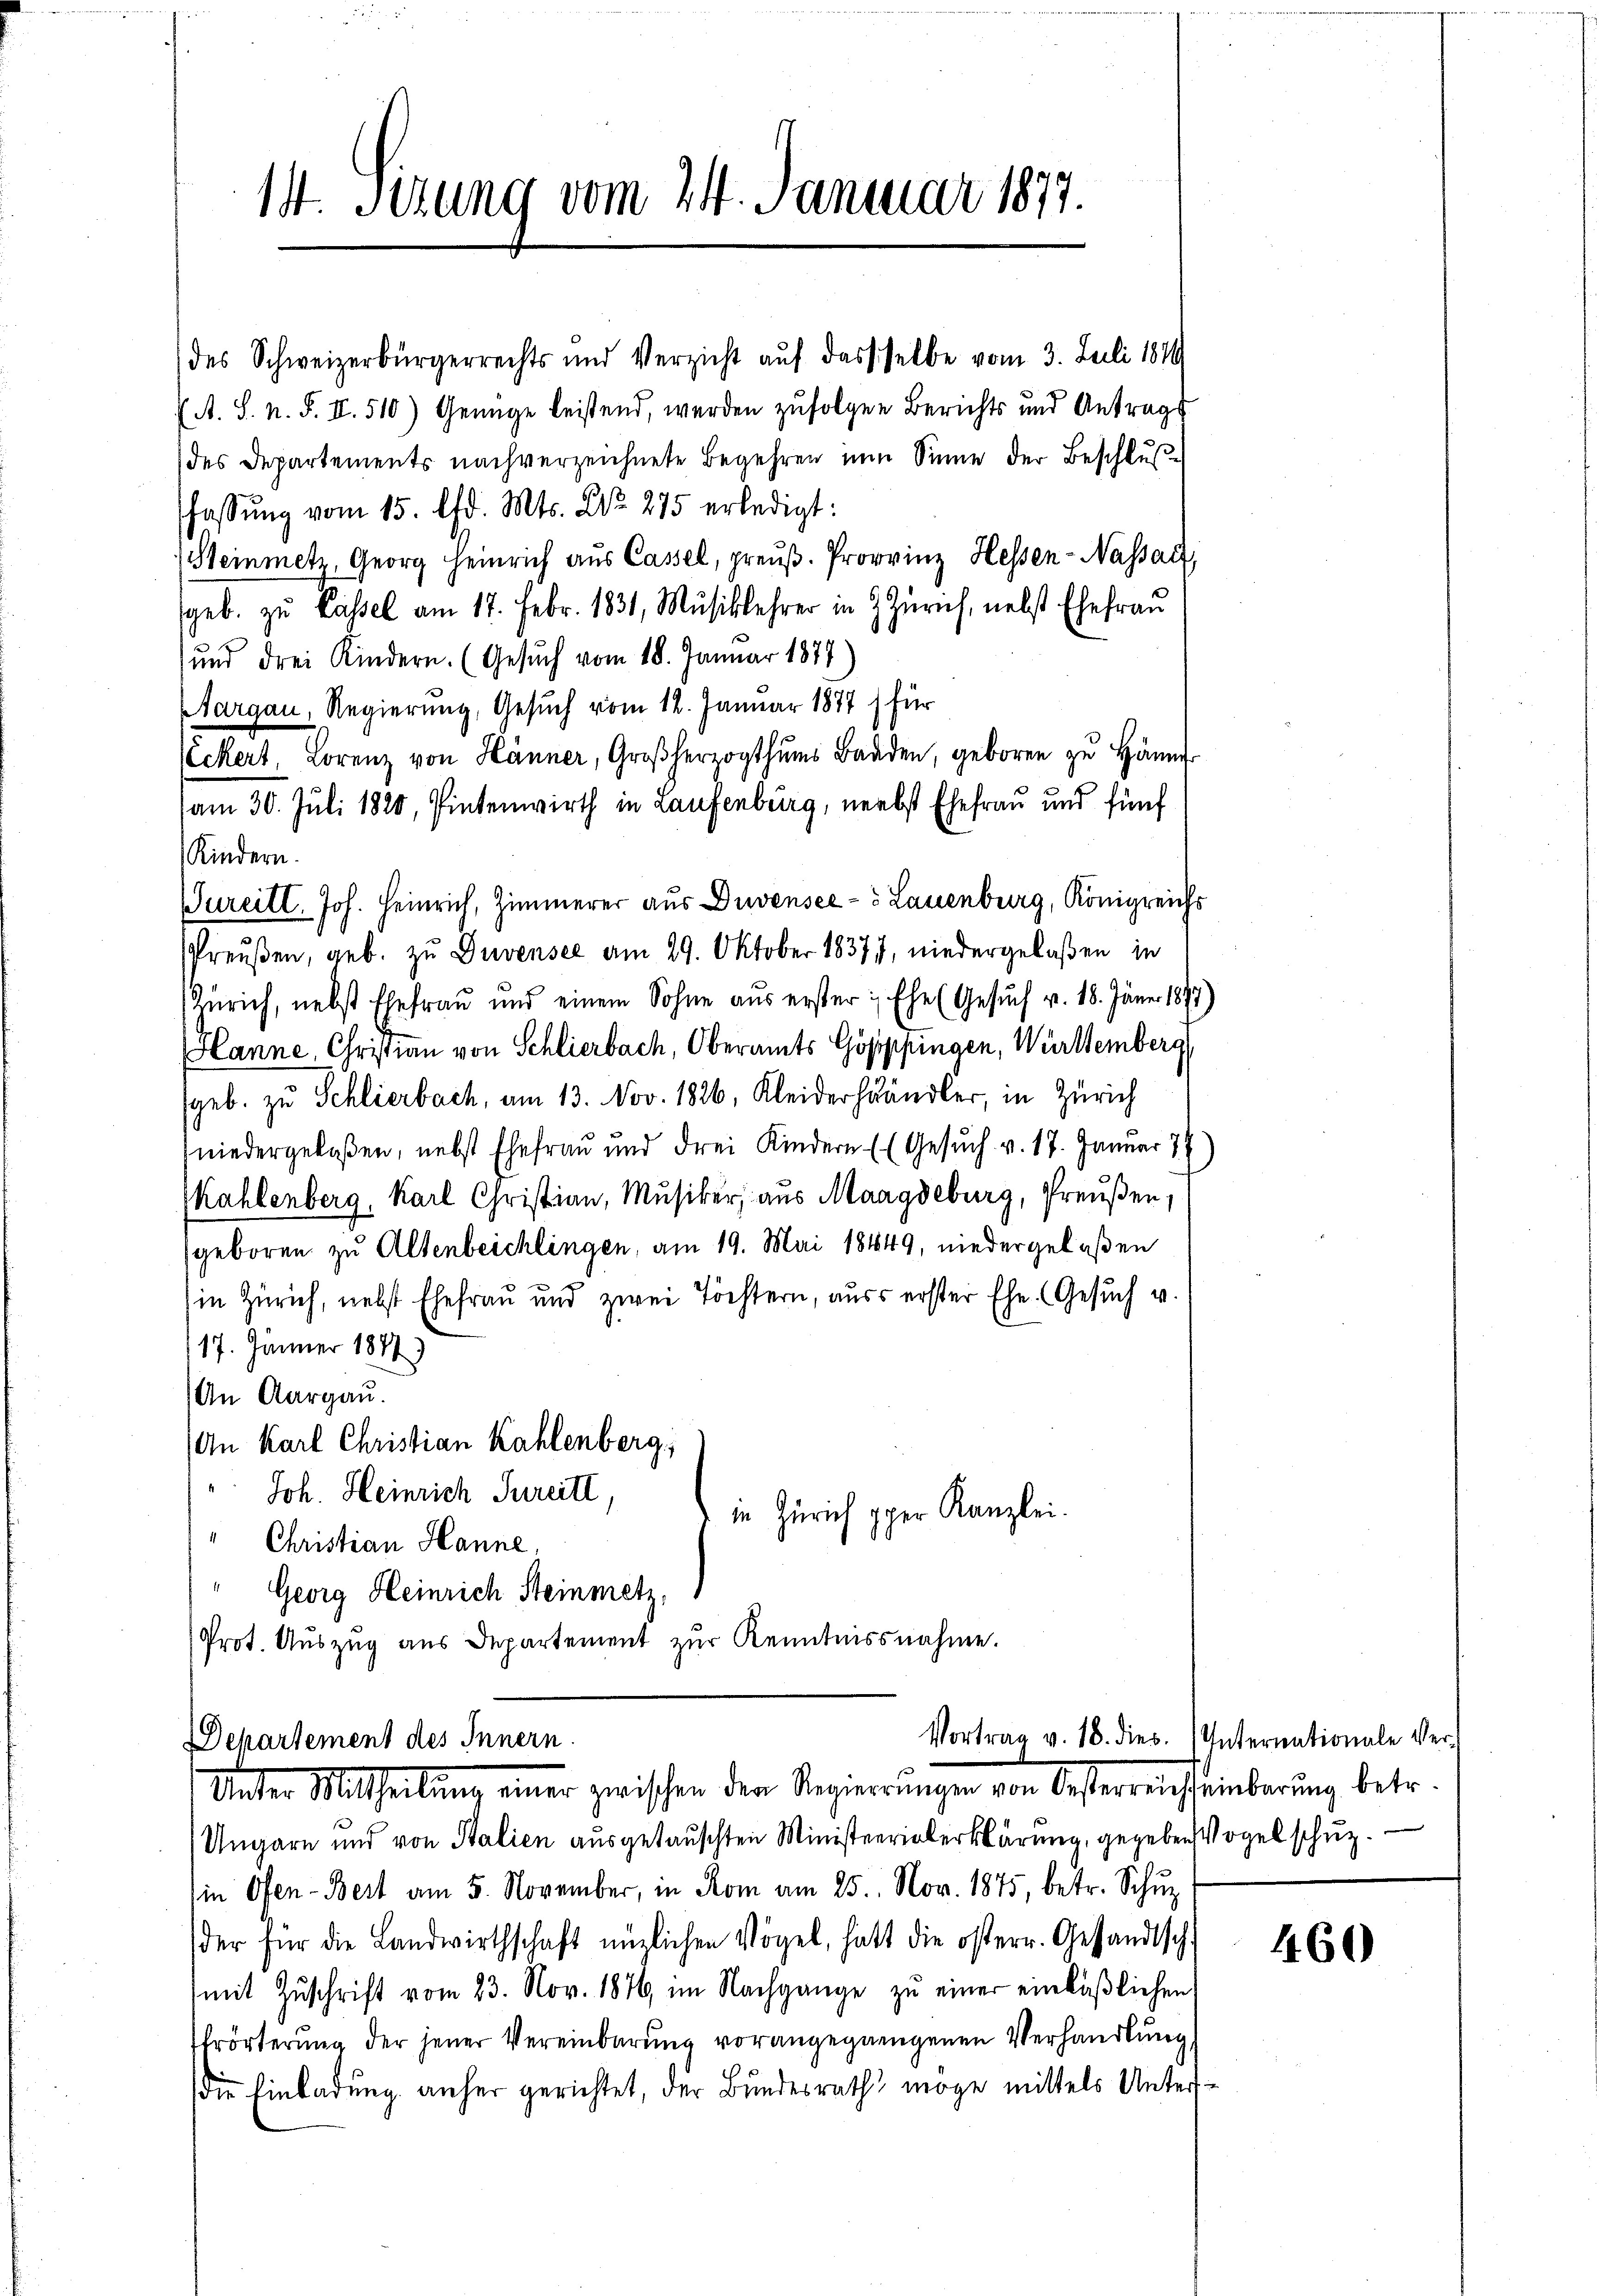
14. Sizung vom 24. Januar 1877.

des Schweizerbürgerrechts und Verzicht auf dasselbe vom 3. Juli 1879
A. S. n. F. II. 510) Genüge leistend, werden zufolgen Berichts und Antrags
des Departements nachverzeichnete Begehren nun Sinne der Beschlusfassŭng vom 15. d. Mts. Nr. 275 erledigt:
Steinmetz, Georg Heinrich aus Cassel, preŭβ. Provinz Hessen-Nassatz,
geb. zu Cassel am 17. Febr. 1831, Musiklehrer in 3 Zürich, nebst Ehefrau
und drei Kindern. (Gesuch vom 18. Januar 1874
Aargau, Regierung, Gesuch vom 12. Januar 1877) für
eckert, Lorenz von Hänner, Großherzogthums Baaden, geboren zu Hänn
am 30. Juli 1820, Pintenwirth in Laufenburg, nebst Ehefrau und fünf
Kindern.
ureitt. Joh. Heinrich, Zimmerer aus Duvensee - u Lauenburg, Königreichs
sPreußen, geb. zu Duvensee am 29. Oktober 18377, niedergelassen in
Zürich, nebst Ehefrau und einem Sohne aŭs erster: Ehe (Gesŭch v. 18. Jäner 1897)
Hanne, Christian von Schlierbach, Oberamts Göppfungen, Württemberg
(geb. zu Schlierbach, am 13. Nov. 1826, Kleiderhändler, in Zürich
niedergelaßen, nebst Ehefrau und drei Kindern (Gesuch v. 17. Januar 79)
Kahlenberg, Karl Christian, Musiker, aus Maagdeburg, Preußen,
(geboren zu Altenbeichlingen, am 19. Mai 18449, niedergelaßen
in Zürich, nebst Ehefrau und zwei Töchtern, auss erster Ehe. Gesuch u.
117. Jänner 1884)
An Aargau.
An Karl Christian Kahlenberg
Joh. Heinrich Turcitl,
in Zürich pper Kanzlei.
" Christian Hanne,
" Georg Heinrich Steinmetz,
Prot. Auszug aus Departement zur Kenntnissnahme.

Departement des Innern.
Unter Mittheilŭng einer zwischen der Regierrŭngen von Oesterreichseinbarŭng betr.

Ungarn und von Stalien ausgetauschten Ministerialerklärung, gegeben Vogel schuz.
in Ofen-Bert am 5. November, in Rom am 25. Nov. 1875, betr. Schuz
der für die Landwirthschaft nüzlichen Vögel, hatt die österr. Gesandtsch.
mit Zŭschrift vom 23. Nov. 1846 im Nachgange zŭ einer einläßlichen
Erörterung der jener Vereinbarung vorangegangenen Verhandlung,
die Einladung anher gerichtet, der Bundesrath möge mittels Unters¬

Vortrag v. 18. dies. Internationale Ver-

460